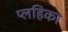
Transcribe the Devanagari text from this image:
प्लहिका